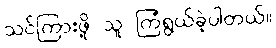
သင်ကြားဖို့ သူ ကြံရွယ်ခဲ့ပါတယ်။